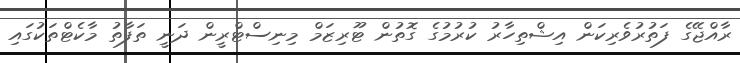
ރާއްޖޭގެ ފަތުރުވެރިކަން އިޝްތިހާރު ކުރުމުގެ ގޮތުން ޓޫރިޒަމް މިނިސްޓްރީން ދަނީ ތަފާތު މާކެޓްތަކުގައި